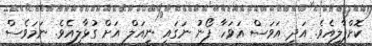
ކޮށްޕާލިއެވެ. އަދި އަވަސް އަވަހާ ފޯނު ނަގައި ނިއަލް އަށް ގުޅާލިއެވެ. ނަމަވެސް